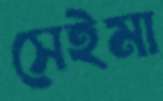
সেইমা